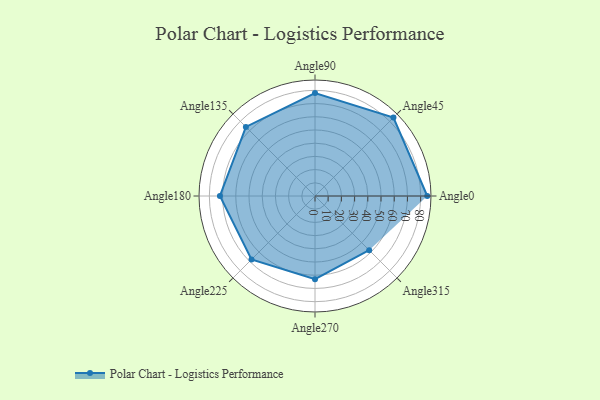
{"axis": {"x": "Angle", "y": "Radius"}, "legend": [""], "data": [{"x": "Angle0", "y": 85.0, "type": ""}, {"x": "Angle45", "y": 84.0, "type": ""}, {"x": "Angle90", "y": 78.0, "type": ""}, {"x": "Angle135", "y": 74.0, "type": ""}, {"x": "Angle180", "y": 72.0, "type": ""}, {"x": "Angle225", "y": 68.0, "type": ""}, {"x": "Angle270", "y": 63.0, "type": ""}, {"x": "Angle315", "y": 58.0, "type": ""}]}